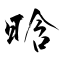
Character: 晗